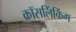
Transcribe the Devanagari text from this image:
क्रॉसलिंकिंग